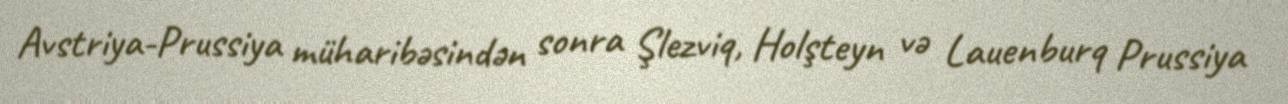
Avstriya-Prussiya müharibəsindən sonra Şlezviq, Holşteyn və Lauenburq Prussiya